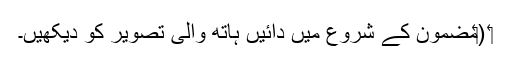
‏ (‏مضمون کے شروع میں دائیں ہاتھ والی تصویر کو دیکھیں۔